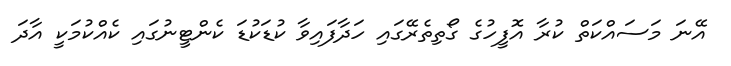
އޭނަ މަސައްކަތް ކުރާ އޮފީހުގެ ގޯތިތެރޭގައި ހަދާފައިވާ ކުޑަކުޑަ ކެންޓީނުގައި ކެއްކުމަކީ އާދަ